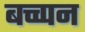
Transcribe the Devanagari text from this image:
बच्च्पन